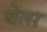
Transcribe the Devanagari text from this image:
येत्स